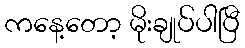
ကနေ့တော့ မိုးချုပ်ပါပြီ